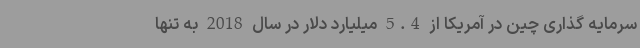
سرمایه گذاری چین در آمریکا از 5.4 میلیارد دلار در سال 2018 به تنها